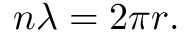
n \lambda = 2 \pi r .